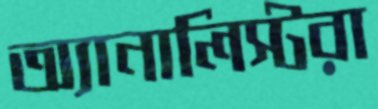
অ্যানালিস্টরা